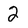
Character: 2